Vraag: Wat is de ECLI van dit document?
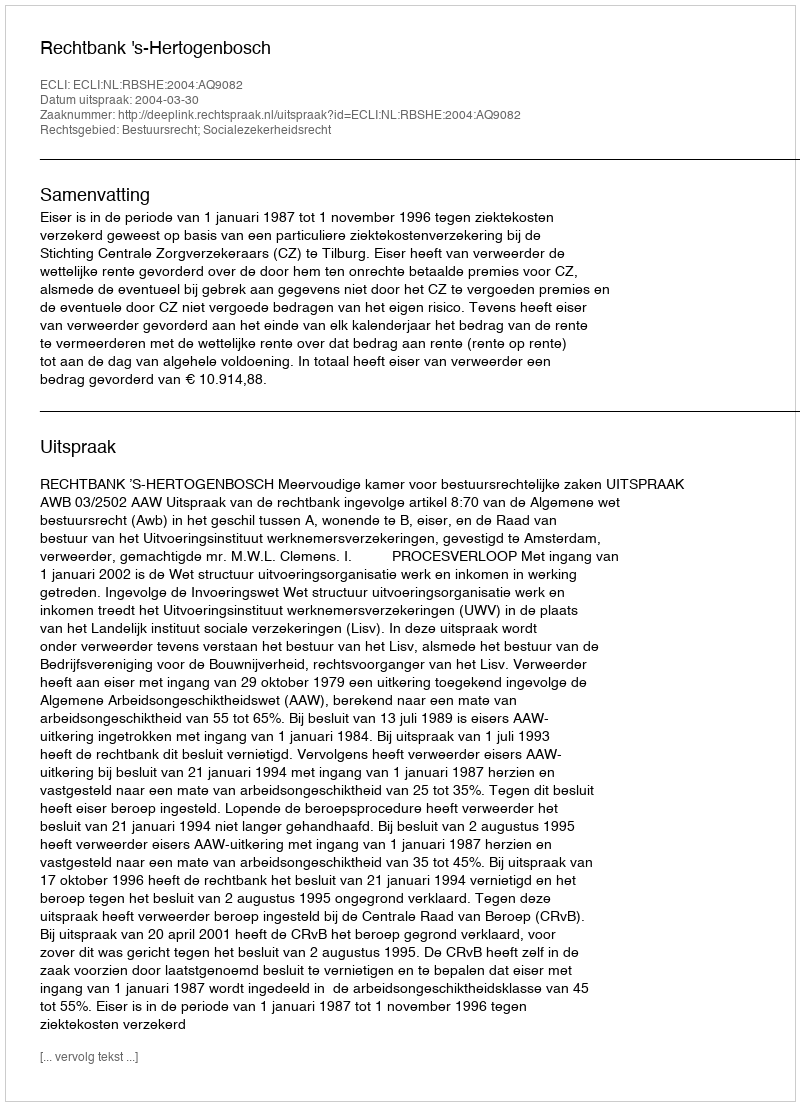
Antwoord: ECLI:NL:RBSHE:2004:AQ9082